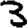
Digit: 3